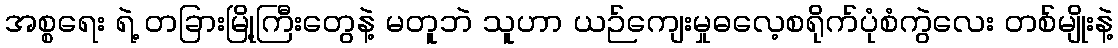
အစ္စရေး ရဲ့ တခြားမြို့ကြီးတွေနဲ့ မတူဘဲ သူဟာ ယဉ်ကျေးမှုဓလေ့စရိုက်ပုံစံကွဲလေး တစ်မျိုးနဲ့